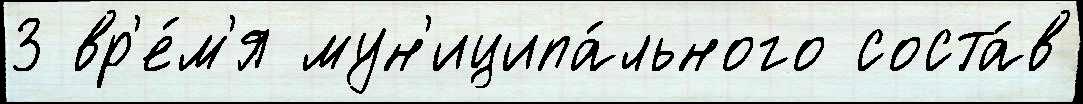
3 вр'е́м'я мун'иципа́льного соста́в